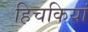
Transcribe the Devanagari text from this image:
हिचकियां